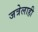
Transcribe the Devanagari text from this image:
जत्रेलाही